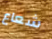
شعاع